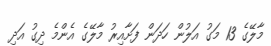
މާލޭގެ 13 މަގު އަލުން ހަދަން ފަށާއިރު މާލޭގެ އެންމެ ދިގު އަދި